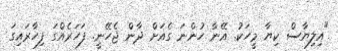
"އިލިޔާސް ކިޔާ މީހަކު. އޭނާ ހުންނަ ގެއަށް ދާން ޖެހޭނީ. ފަހަރެއްގަ ފިހާރައިގަ